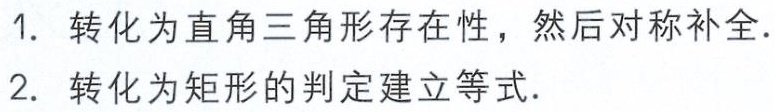
1. 转化为直角三角形存在性，然后对称补全.
2. 转化为矩形的判定建立等式.